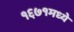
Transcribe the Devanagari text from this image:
१६७१मध्ये